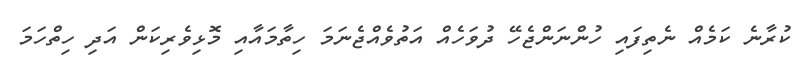
ކުރާނެ ކަމެއް ނެތިފައި ހުންނަންޖެހޭ ދުވަހެއް އަތުވެއްޖެނަމަ ހިތާމައާއި މޮޅިވެރިކަން އަދި ހިތްހަމަ